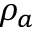
\rho _ { a }